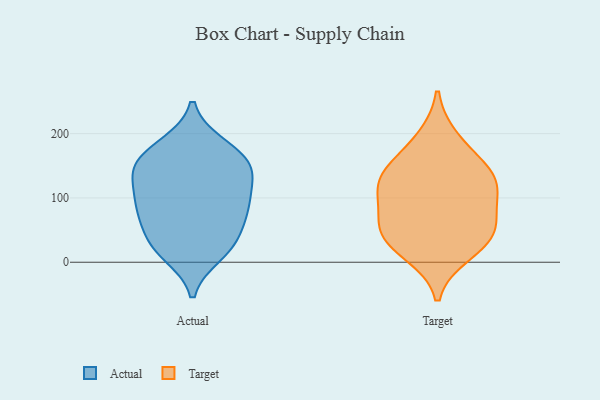
{"axis": {"x": "Churn Rate (%)", "y": "Value"}, "legend": ["Actual", "Target"], "data": [{"x": "", "y": 88, "type": "Actual"}, {"x": "", "y": 74, "type": "Actual"}, {"x": "", "y": 102, "type": "Actual"}, {"x": "", "y": 151, "type": "Actual"}, {"x": "", "y": 64, "type": "Actual"}, {"x": "", "y": 137, "type": "Actual"}, {"x": "", "y": 22, "type": "Actual"}, {"x": "", "y": 13, "type": "Actual"}, {"x": "", "y": 25, "type": "Actual"}, {"x": "", "y": 182, "type": "Actual"}, {"x": "", "y": 36, "type": "Actual"}, {"x": "", "y": 107, "type": "Actual"}, {"x": "", "y": 148, "type": "Actual"}, {"x": "", "y": 144, "type": "Actual"}, {"x": "", "y": 84, "type": "Actual"}, {"x": "", "y": 180, "type": "Actual"}, {"x": "", "y": 155, "type": "Actual"}, {"x": "", "y": 147, "type": "Target"}, {"x": "", "y": 120, "type": "Target"}, {"x": "", "y": 192, "type": "Target"}, {"x": "", "y": 145, "type": "Target"}, {"x": "", "y": 44, "type": "Target"}, {"x": "", "y": 111, "type": "Target"}, {"x": "", "y": 64, "type": "Target"}, {"x": "", "y": 33, "type": "Target"}, {"x": "", "y": 14, "type": "Target"}, {"x": "", "y": 55, "type": "Target"}, {"x": "", "y": 110, "type": "Target"}]}